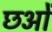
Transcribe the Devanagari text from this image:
छओं